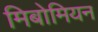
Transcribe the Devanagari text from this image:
मिबोमियन